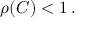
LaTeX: \rho ( C ) < 1 \, .